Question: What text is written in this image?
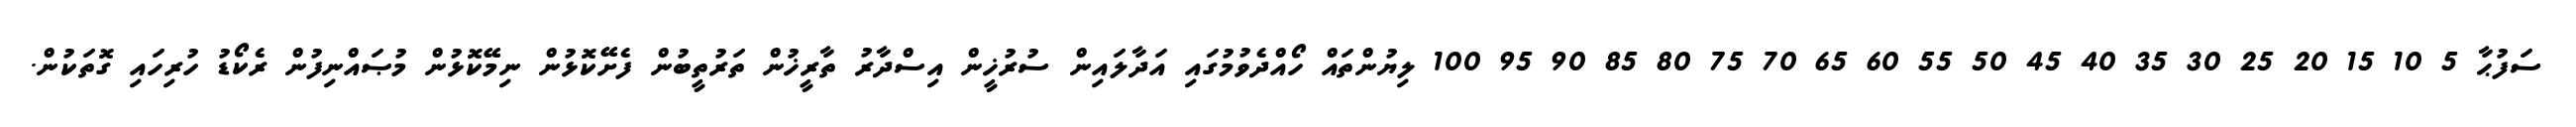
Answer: ސަފުޙާ 5 10 15 20 25 30 35 40 45 50 55 60 65 70 75 80 85 90 95 100 ލިޔުންތައް ހޯއްދެވުމުގައި އަދާލައިން ސުރުޚީން އިސްދާރު ތާރީޚުން ތަރުތީބުން ފެށޭކޮޅުން ނިމޭކޮޅުން މުޞައްނިފުން ރެކޯޑު ހުރިހައި ގޮތަކުން.